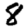
Digit: 8